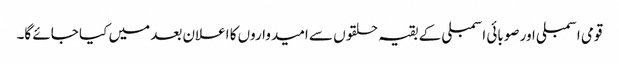
قومی اسمبلی اور صوبائی اسمبلی کے بقیہ حلقوں سے امیدواروں کا اعلان بعد میں کیا جائے گا۔